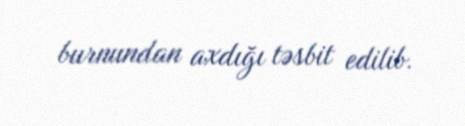
burnundan axdığı təsbit edilib.